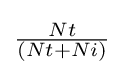
{\tfrac {Nt}{(Nt+Ni)}}